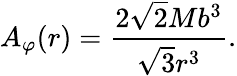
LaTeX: {A}_{\varphi}(r)=\frac{2\sqrt{2}Mb^{3}}{\sqrt{3}r^{3}}.